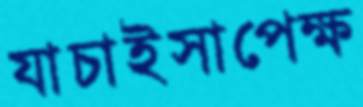
যাচাইসাপেক্ষ